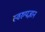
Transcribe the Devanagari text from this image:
स्वरुपज्ञान